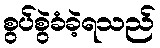
စွပ်စွဲခံခဲ့ရသည်